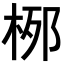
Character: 𪲐